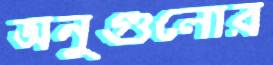
অনুগুলোর